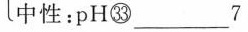
中性：pH㉝___7